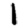
Digit: 1